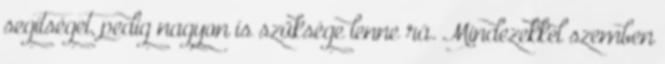
segítséget, pedig nagyon is szüksége lenne rá. Mindezekkel szemben